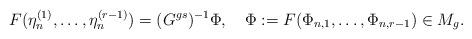
LaTeX: \begin{align*}F(\eta^{(1)}_n,\ldots,\eta^{(r-1)}_n)=(G^{gs})^{-1}\Phi,\ \ \ \Phi:=F(\Phi_{n,1},\ldots,\Phi_{n,r-1})\in M_g.\end{align*}